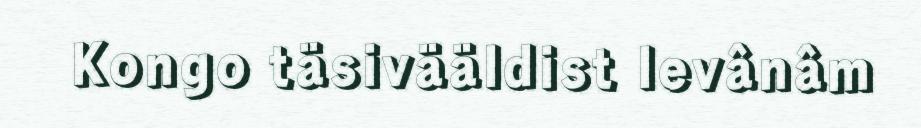
Kongo täsivääldist levânâm